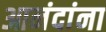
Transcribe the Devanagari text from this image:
आनंदांना